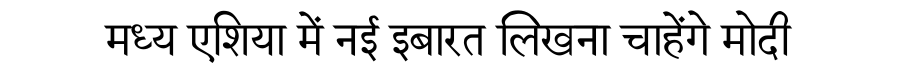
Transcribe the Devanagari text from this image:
मध्य एशिया में नई इबारत लिखना चाहेंगे मोदी